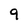
Character: 9